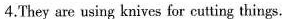
4.They are using knives for cutting things.